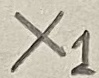
Text: X1